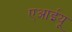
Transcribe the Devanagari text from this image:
एआईयू